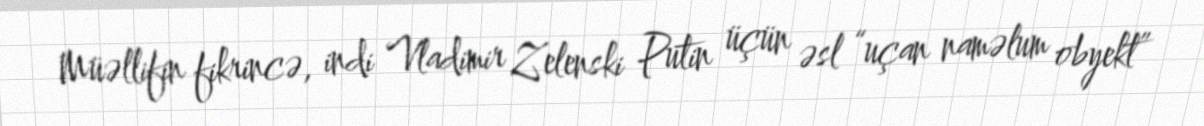
Müəllifin fikrincə, indi Vladimir Zelenski Putin üçün əsl “uçan naməlum obyekt”